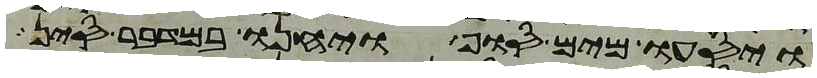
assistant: ויסעו מים סוף ויחנו במדבר סין